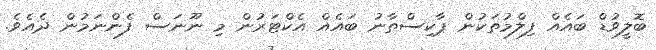
ބޮލީވުޑް ބައެއް ފިލްމުތަކުން ޕާކިސްތާނު ބައެއް އެކްޓަރުން މި ނޫނަސް ފެންނަމުން ދެއެވެ.